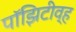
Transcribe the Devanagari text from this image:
पॉझिटीव्ह